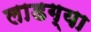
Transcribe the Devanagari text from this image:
लाडग्या